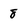
Character: 8